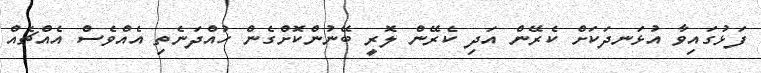
ފަޅުގައިވާ އުޅަނދަކަށް ކެރޭން އަދި ކެރޭން ލޮރީ ބޭނުންކޮށްގެން ހުއްދަނެތި އެއްވެސް އެއްޗެއް